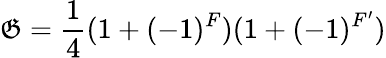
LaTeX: \mathfrak{G}=\frac{{1}}{{4}}(1+(-1)^{F})(1+(-1)^{F^{\prime}})